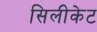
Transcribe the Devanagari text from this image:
सिलीकेट